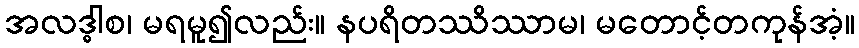
အလဒ္ဓါစ၊ မရမူ၍လည်း။ နပရိတဿိဿာမ၊ မတောင့်တကုန်အံ့။